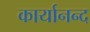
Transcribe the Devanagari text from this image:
कार्यानन्द